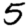
Digit: 5